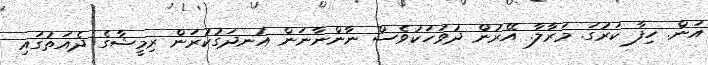
އަން. ހިފާ ކަރުގަ. މަރާލާ. އޭރުން ދުވަހަކުވެސް ނާންނާނަން އުނދަގުކުރަން ރިމީޝާގެ ދެއަތުގައި